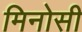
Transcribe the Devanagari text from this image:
मिनोसी